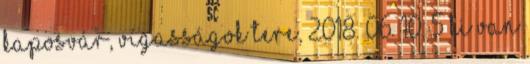
Kaposvár, Vígasságok Tere, 2018. 06. 10. 5 Ki van